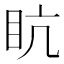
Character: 𥄦